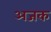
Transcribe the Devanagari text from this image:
अजक